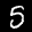
Label: 5